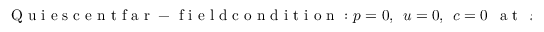
\mathrm { ~ Q ~ u ~ i ~ e ~ s ~ c ~ e ~ n ~ t ~ f ~ a ~ r ~ - ~ f ~ i ~ e ~ l ~ d ~ c ~ o ~ n ~ d ~ i ~ t ~ i ~ o ~ n ~ : ~ } p = 0 , ~ ~ u = 0 , ~ ~ c = 0 ~ ~ \mathrm { ~ a ~ t ~ } ~ ~ x = \pm \infty ,